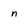
Character: n